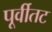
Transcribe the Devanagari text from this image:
पूर्वीतट